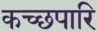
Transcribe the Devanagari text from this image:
कच्छपारि